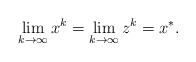
LaTeX: \begin{align*}\lim_{k\to\infty} x^k = \lim_{k\to\infty} z^k = x^*.\end{align*}